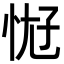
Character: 𫺀